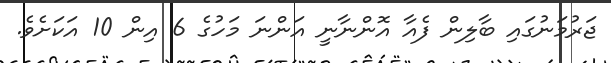
ޖަރުމަނުގައި ބާލިން ފެއާ އޮންނާނީ އަންނަ މަހުގެ 6 އިން 10 އަކަށެވެ.